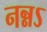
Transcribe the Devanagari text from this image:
नन्नऽ